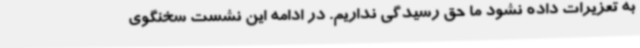
به تعزیرات داده نشود ما حق رسیدگی نداریم. در ادامه این نشست سخنگوی